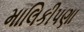
માલિકીપણા